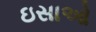
ઇસાઓ